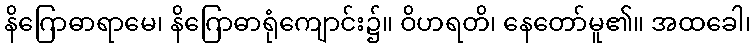
နိဂြောဓာရာမေ၊ နိဂြောဓာရုံကျောင်း၌။ ဝိဟရတိ၊ နေတော်မူ၏။ အထခေါ၊